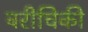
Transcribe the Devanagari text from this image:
बरीचिकी